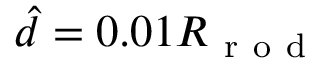
\hat { d } = 0 . 0 1 R _ { \mathrm { ~ r ~ o ~ d ~ } }